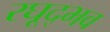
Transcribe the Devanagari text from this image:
रघूद्भव